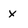
Character: x